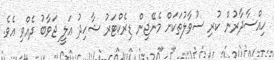
ހިއްސާދާރުން ކުރި ސުވާލުތަކަށް މެނޭޖިން ޑިރެކްޓަރު ޝާހިދު އަލީ ޖަވާބު ދެއްވި އެވެ.